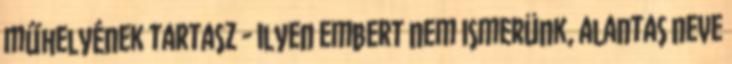
műhelyének tartasz - ilyen embert nem ismerünk, alantas neve